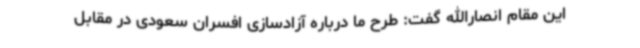
این مقام انصارالله گفت: طرح ما درباره آزادسازی افسران سعودی در مقابل